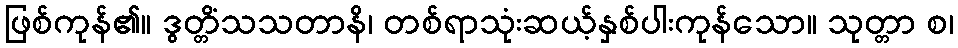
ဖြစ်ကုန်၏။ ဒွတ္တိံသသတာနိ၊ တစ်ရာသုံးဆယ့်နှစ်ပါးကုန်သော။ သုတ္တာ စ၊